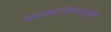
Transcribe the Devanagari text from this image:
साइंटॉलोजी